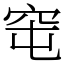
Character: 窀